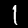
Label: 1